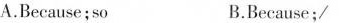
A.Because;so B.Because;/